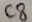
Text: C8